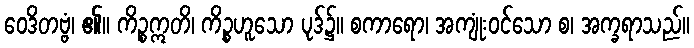
ဝေဒိတဗ္ဗံ၊ ၏။ ကိဉ္စဣတိ၊ ကိဉ္စဟူသော ပုဒ်၌။ စကာရော၊ အကျုံးဝင်သော စ၊ အက္ခရာသည်။